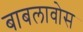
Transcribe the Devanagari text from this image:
बाबलावोस